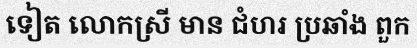
ទៀត លោកស្រី មាន ជំហរ ប្រឆាំង ពួក